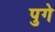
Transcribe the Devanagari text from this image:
पुगे